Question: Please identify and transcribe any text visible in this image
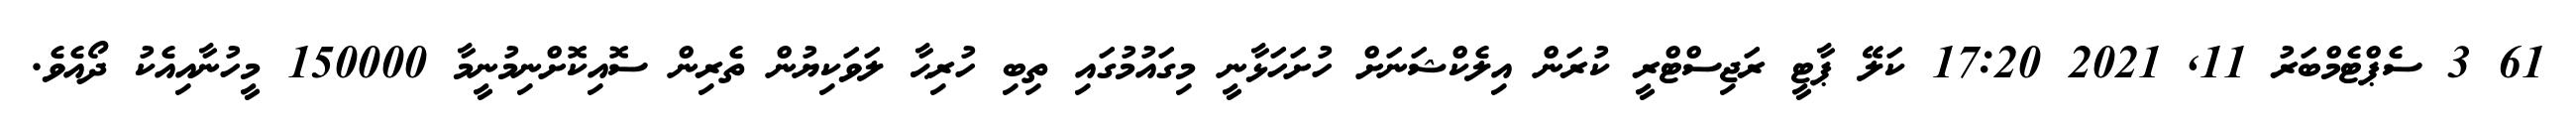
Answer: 61 3 ސެޕްޓެމްބަރު 11, 2021 17:20 ކަލޭ ޕާޓީ ރަޖިސްޓްރީ ކުރަން އިލެކްޝަނަށް ހުށަހަޅާނީ މިގައުމުގައި ތިބި ހުރިޙާ ލަވަކިޔުން ތެރިން ސޮއިކޮށްނިމުނީމާ 150000 މީހުނާއިއެކު ދޯއެވެ.